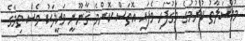
މުވާސަލާތު ކުރުމުގެ މަގުފަހި ވެފައި އޮތަސް ކޮންމެ ޤާނޫނީ ވަކީލަކު ވެސް ތިމާގެ